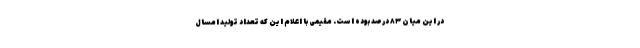
در این میان ۸۳ درصد بوده است. مقیمی با اعلام این که تعداد تولید امسال